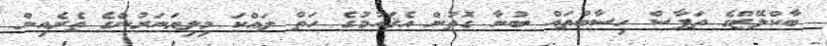
ބާކްލޭޒްގެ ތަފާސް ހިސާބުތައް ބުނާ ގޮތުން އެޤައުމުގެ ހަތް ލައްކަ މިލިޔަނަރުންގެ ތެރެއިން